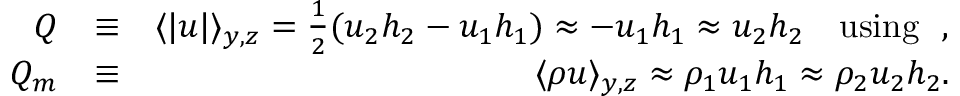
\begin{array} { r l r } { Q } & { \equiv } & { \langle | u | \rangle _ { y , z } = \frac { 1 } { 2 } ( u _ { 2 } h _ { 2 } - u _ { 1 } h _ { 1 } ) \approx - u _ { 1 } h _ { 1 } \approx u _ { 2 } h _ { 2 } \quad \mathrm { u s i n g } \ \ , } \\ { Q _ { m } } & { \equiv } & { \langle \rho u \rangle _ { y , z } \approx \rho _ { 1 } u _ { 1 } h _ { 1 } \approx \rho _ { 2 } u _ { 2 } h _ { 2 } . } \end{array}